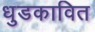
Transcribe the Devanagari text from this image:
धुडकावित